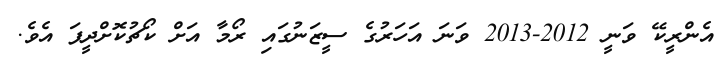
އެންރީކޭ ވަނީ 2012-2013 ވަނަ އަހަރުގެ ސީޒަނުގައި ރޯމާ އަށް ކޯޗުކޮށްދީފަ އެވެ.